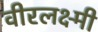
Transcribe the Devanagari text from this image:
वीरलक्ष्मी